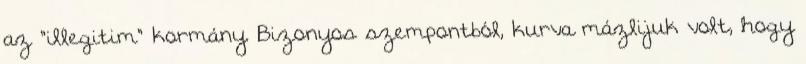
az "illegitim" kormány. Bizonyos szempontból, kurva mázlijuk volt, hogy